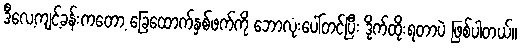
ဒီလေ့ကျင့်ခန်းကတော့ ခြေထောက်နှစ်ဖက်ကို ဘောလုံးပေါ်တင်ပြီး ဒိုက်ထိုးရတာပဲ ဖြစ်ပါတယ်။